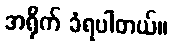
အရိုက် ခံရပါတယ်။